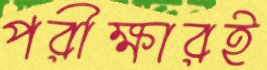
পরীক্ষারই